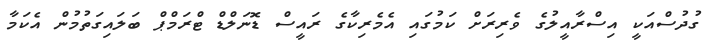
ގުދުސްއަކީ އިސްރާއީލުގެ ވެރިރަށް ކަމުގައި އެމެރިކާގެ ރައީސް ޑޮނަލްޑް ޓްރަމްޕް ބަލައިގަތުމުން އެކަމާ